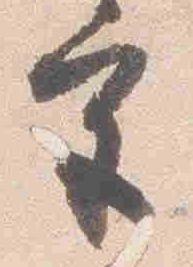
宮